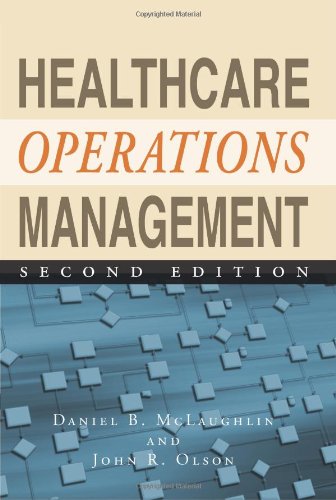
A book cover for Healthcare Operations Management, Second Edition; Daniel B. McLaughlin; Medical Books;